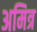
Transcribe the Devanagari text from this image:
अमित्र